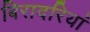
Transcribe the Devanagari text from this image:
बिरादरियां